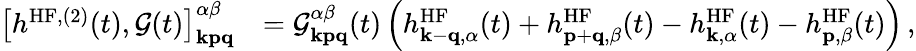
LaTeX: \begin{array}{rl}{\left[h^{\mathrm{HF},(2)}(t),\mathcal{G}(t)\right]_{\mathbf{kpq}}^{\alpha\beta}}&{=\mathcal{G}_{\mathbf{kpq}}^{\alpha\beta}(t)\left(h_{\mathbf{k}-\mathbf{q},\alpha}^{\mathrm{HF}}(t)+h_{\mathbf{p}+\mathbf{q},\beta}^{\mathrm{HF}}(t)-h_{\mathbf{k},\alpha}^{\mathrm{HF}}(t)-h_{\mathbf{p},\beta}^{\mathrm{HF}}(t)\right)\, ,}\end{array}